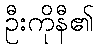
ဦးကိုနီ၏